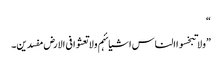
“
”ولا تبخسوا الناس اشیائہم ولا تعثوا فی الارض مفسدین۔